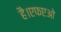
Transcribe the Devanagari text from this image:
है।एफएओ